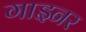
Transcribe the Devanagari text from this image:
गाइनर